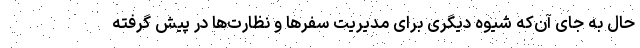
حال به جای آن‌که شیوه دیگری برای مدیریت سفرها و نظارت‌ها در پیش گرفته